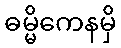
ဓမ္မိကေနမှိ